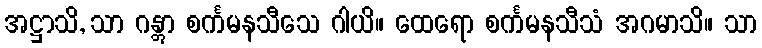
အဋ္ဌာသိ, သာ ဂန္တွာ စင်္ကမနသီသေ ဂါယိ။ ထေရော စင်္ကမနသီသံ အဂမာသိ။ သာ